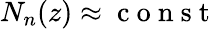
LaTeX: N_{n}(z)\approx\mathrm{~c~o~n~s~t~}